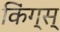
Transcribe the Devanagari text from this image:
किंग्स्